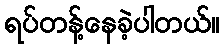
ရပ်တန့်နေခဲ့ပါတယ်။